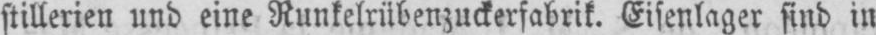
stillerien und eine Runkelrübenzuckerfabrik. Eisenlager sind in